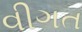
વીગત